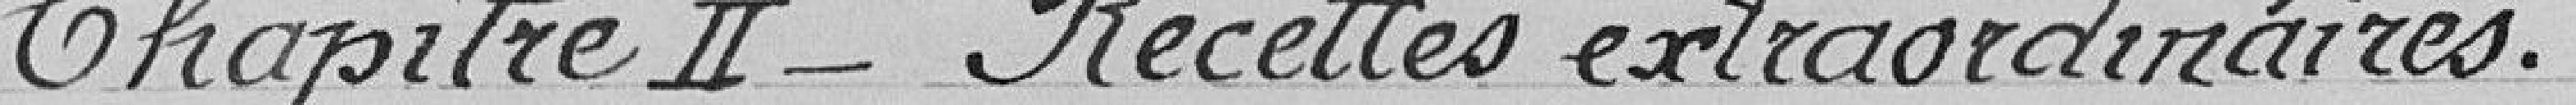
Chapitre II - Recettes extraordinaires.